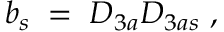
b _ { s } \; = \; D _ { 3 a } D _ { 3 a s } \; ,